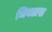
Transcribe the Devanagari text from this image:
चिवडास